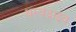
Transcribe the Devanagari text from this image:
थम्बड्राइव